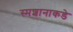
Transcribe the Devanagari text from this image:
स्मशानाकडे